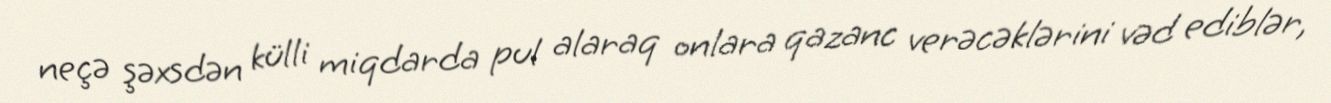
neçə şəxsdən külli miqdarda pul alaraq onlara qazanc verəcəklərini vəd ediblər,